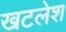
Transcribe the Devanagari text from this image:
खटलेश